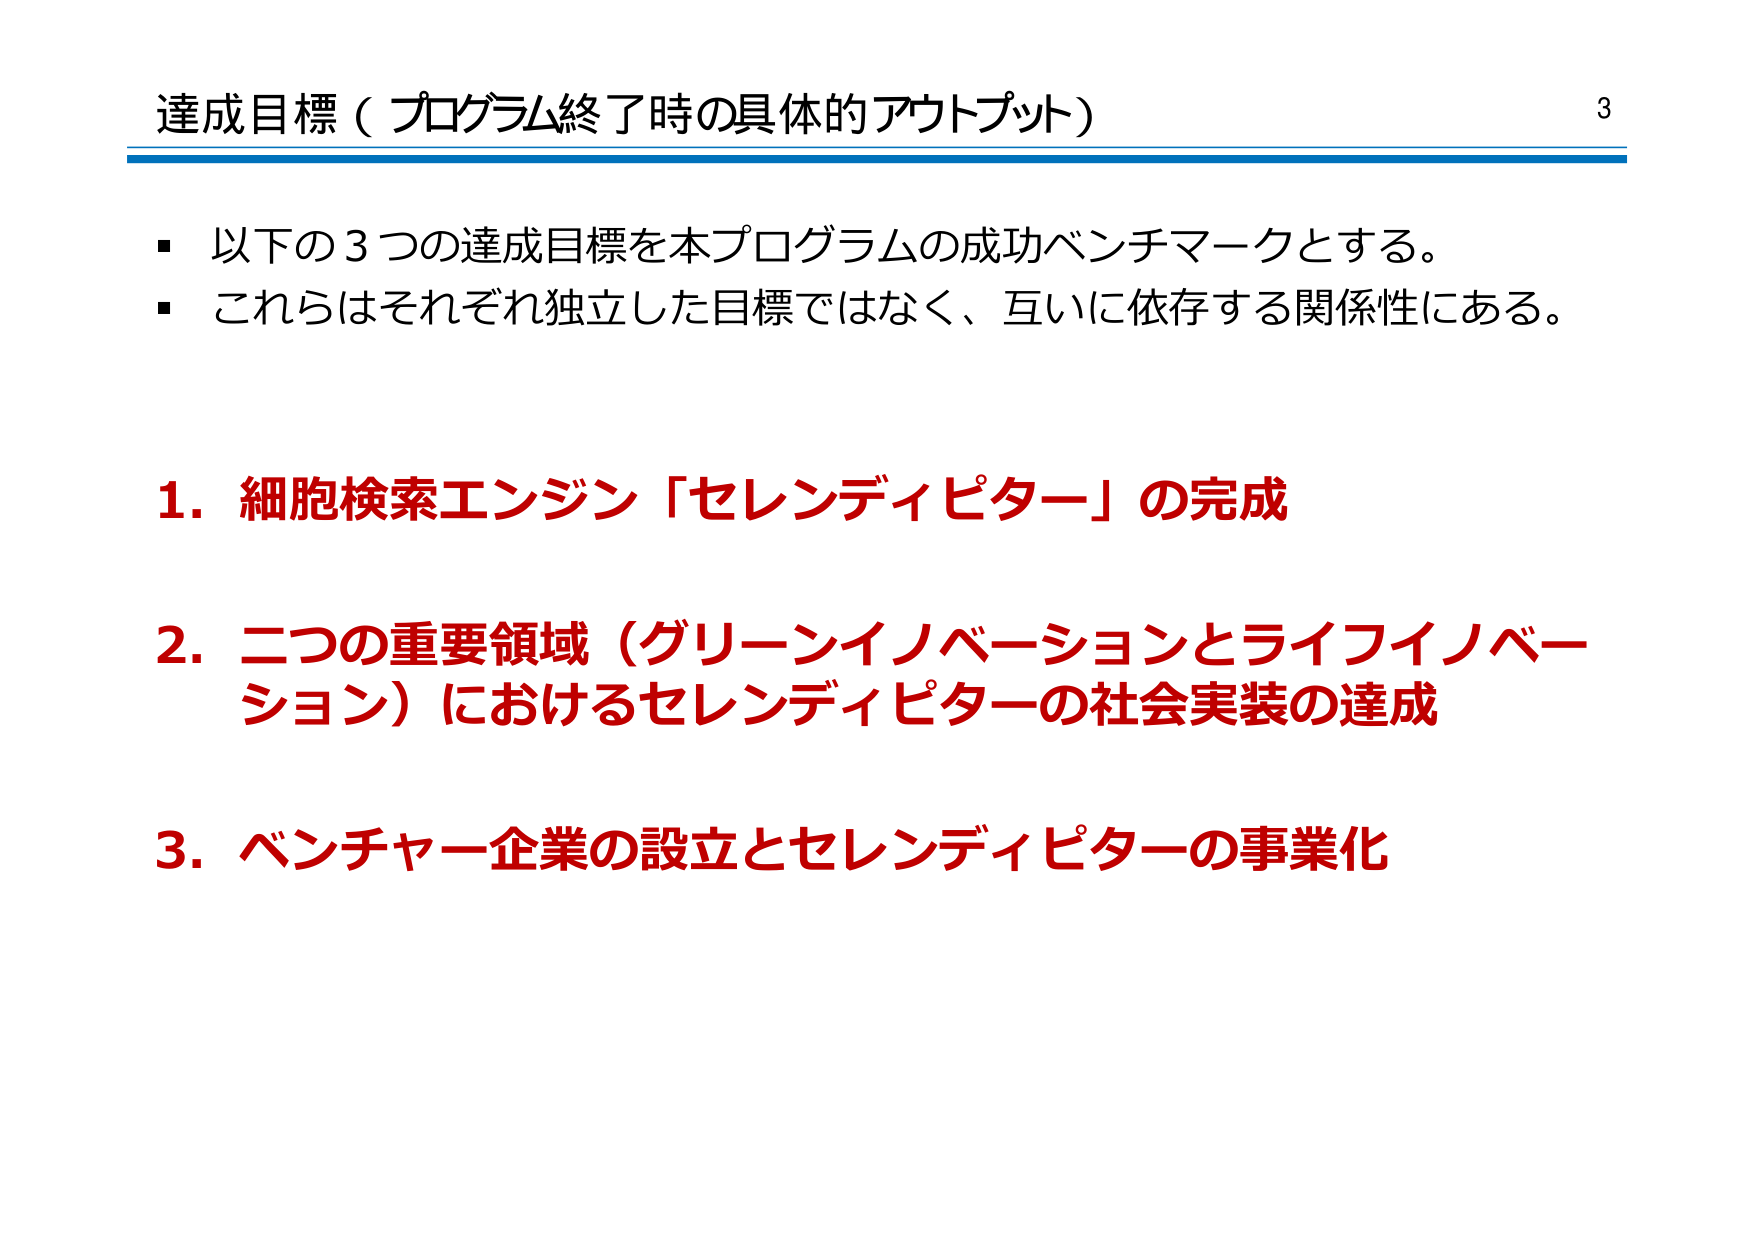
達成目標（プログラム終了時の具体的アウトプット）

以下の3つの達成目標を本プログラムの成功ベンチマークとする。
これらはそれぞれ独立した目標ではなく、互いに依存する関係性にある。

1. 細胞検索エンジン「セレンディピター」の完成
2. 二つの重要領域（グリーンイノベーションとライフイノベーション）におけるセレンディピターの社会実装の達成
3. ベンチャー企業の設立とセレンディピターの事業化